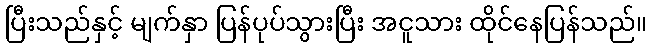
ပြီးသည်နှင့် မျက်နှာ ပြန်ပုပ်သွားပြီး အငူသား ထိုင်နေပြန်သည်။